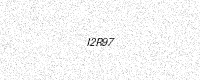
Text: I2R97